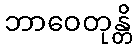
ဘာဝေတုန္တိ